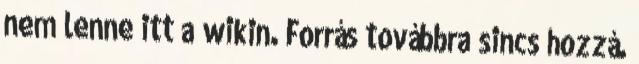
nem lenne itt a wikin. Forrás továbbra sincs hozzá.